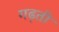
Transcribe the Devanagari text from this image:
गढ़ती